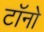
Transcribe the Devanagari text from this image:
टॉनो